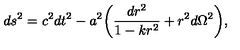
d s ^ { 2 } = c ^ { 2 } d t ^ { 2 } - a ^ { 2 } \biggl ( \frac { d r ^ { 2 } } { 1 - k r ^ { 2 } } + r ^ { 2 } d \Omega ^ { 2 } \biggr ) ,